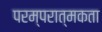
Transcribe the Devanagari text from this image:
परम्परात्मकता